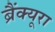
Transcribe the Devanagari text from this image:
ब्रैंक्यूरा